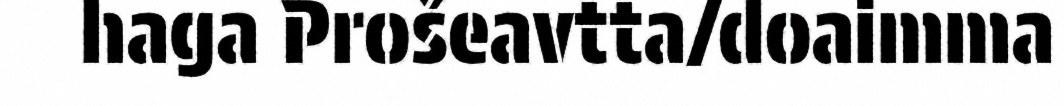
haga Prošeavtta/doaimma